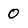
Character: 0